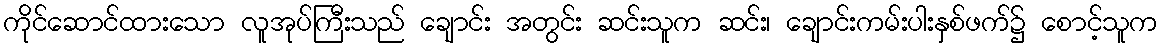
ကိုင်ဆောင်ထားသော လူအုပ်ကြီးသည် ချောင်း အတွင်း ဆင်းသူက ဆင်း၊ ချောင်းကမ်းပါးနှစ်ဖက်၌ စောင့်သူက